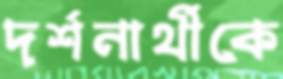
দর্শনার্থীকে